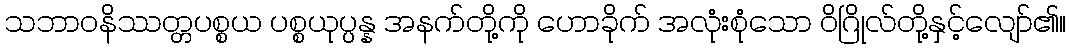
သဘာဝနိဿတ္တပစ္စယ ပစ္စယုပ္ပန္န အနက်တို့ကို ဟောခိုက် အလုံးစုံသော ဝိဂြိုလ်တို့နှင့်လျော်၏။